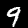
Label: 9